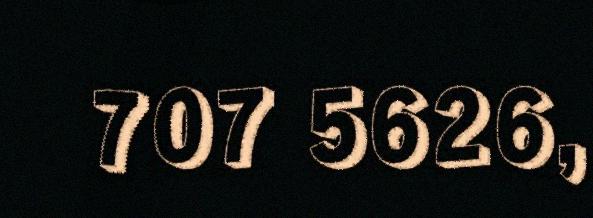
707 5626,